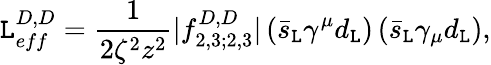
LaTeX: \mathtt{L}_{eff}^{D,D}=\frac{{1}}{{2\zeta^{2}z^{2}}}|f_{2,3;2,3}^{D,D}|\left(\bar{{s}}_{\mathtt{L}}\gamma^{\mu}d_{\mathtt{L}}\right)\left(\bar{{s}}_{\mathtt{L}}\gamma_{\mu}d_{\mathtt{L}}\right),